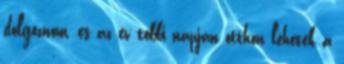
dolgoznom, és az év többi napján otthon lehetek a